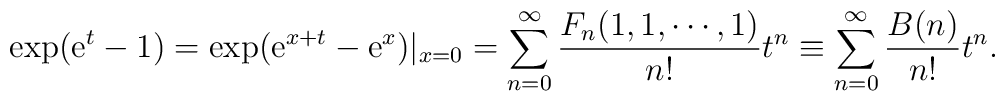
\exp (\mbox{e}^t-1)=\exp (\mbox{e}^{x+t}-\mbox{e}^x)|_{x=0}  =\sum_{n=0}^{\infty}\frac{F_n(1,1,\cdots,1)}{n!}t^n  \equiv \sum_{n=0}^{\infty}\frac{B(n)}{n!}t^n.